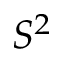
S ^ { 2 }